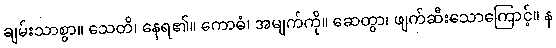
ချမ်းသာစွာ။ သေတိ၊ နေရ၏။ ကောဓံ၊ အမျက်ကို။ ဆေတွာ၊ ဖျက်ဆီးသောကြောင့်။ န